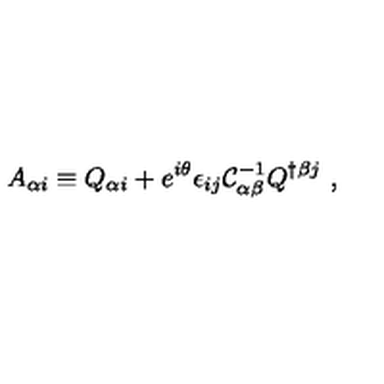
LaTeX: A _ { \alpha i } \equiv Q _ { \alpha i } + e ^ { i \theta } \epsilon _ { i j } { \cal C } _ { \alpha \beta } ^ { - 1 } Q ^ { \dagger \beta j } \ ,